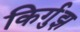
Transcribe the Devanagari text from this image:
किर्गुझ